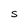
Character: S